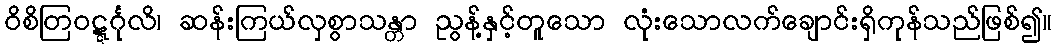
ဝိစိတြဝဋ္ဋင်္ဂုလိ၊ ဆန်းကြယ်လှစွာသန္တာ ညွန့်နှင့်တူသော လုံးသောလက်ချောင်းရှိကုန်သည်ဖြစ်၍။